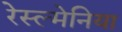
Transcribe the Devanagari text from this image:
रेस्ल्मेनिया